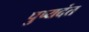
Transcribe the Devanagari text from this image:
पुष्यदंत